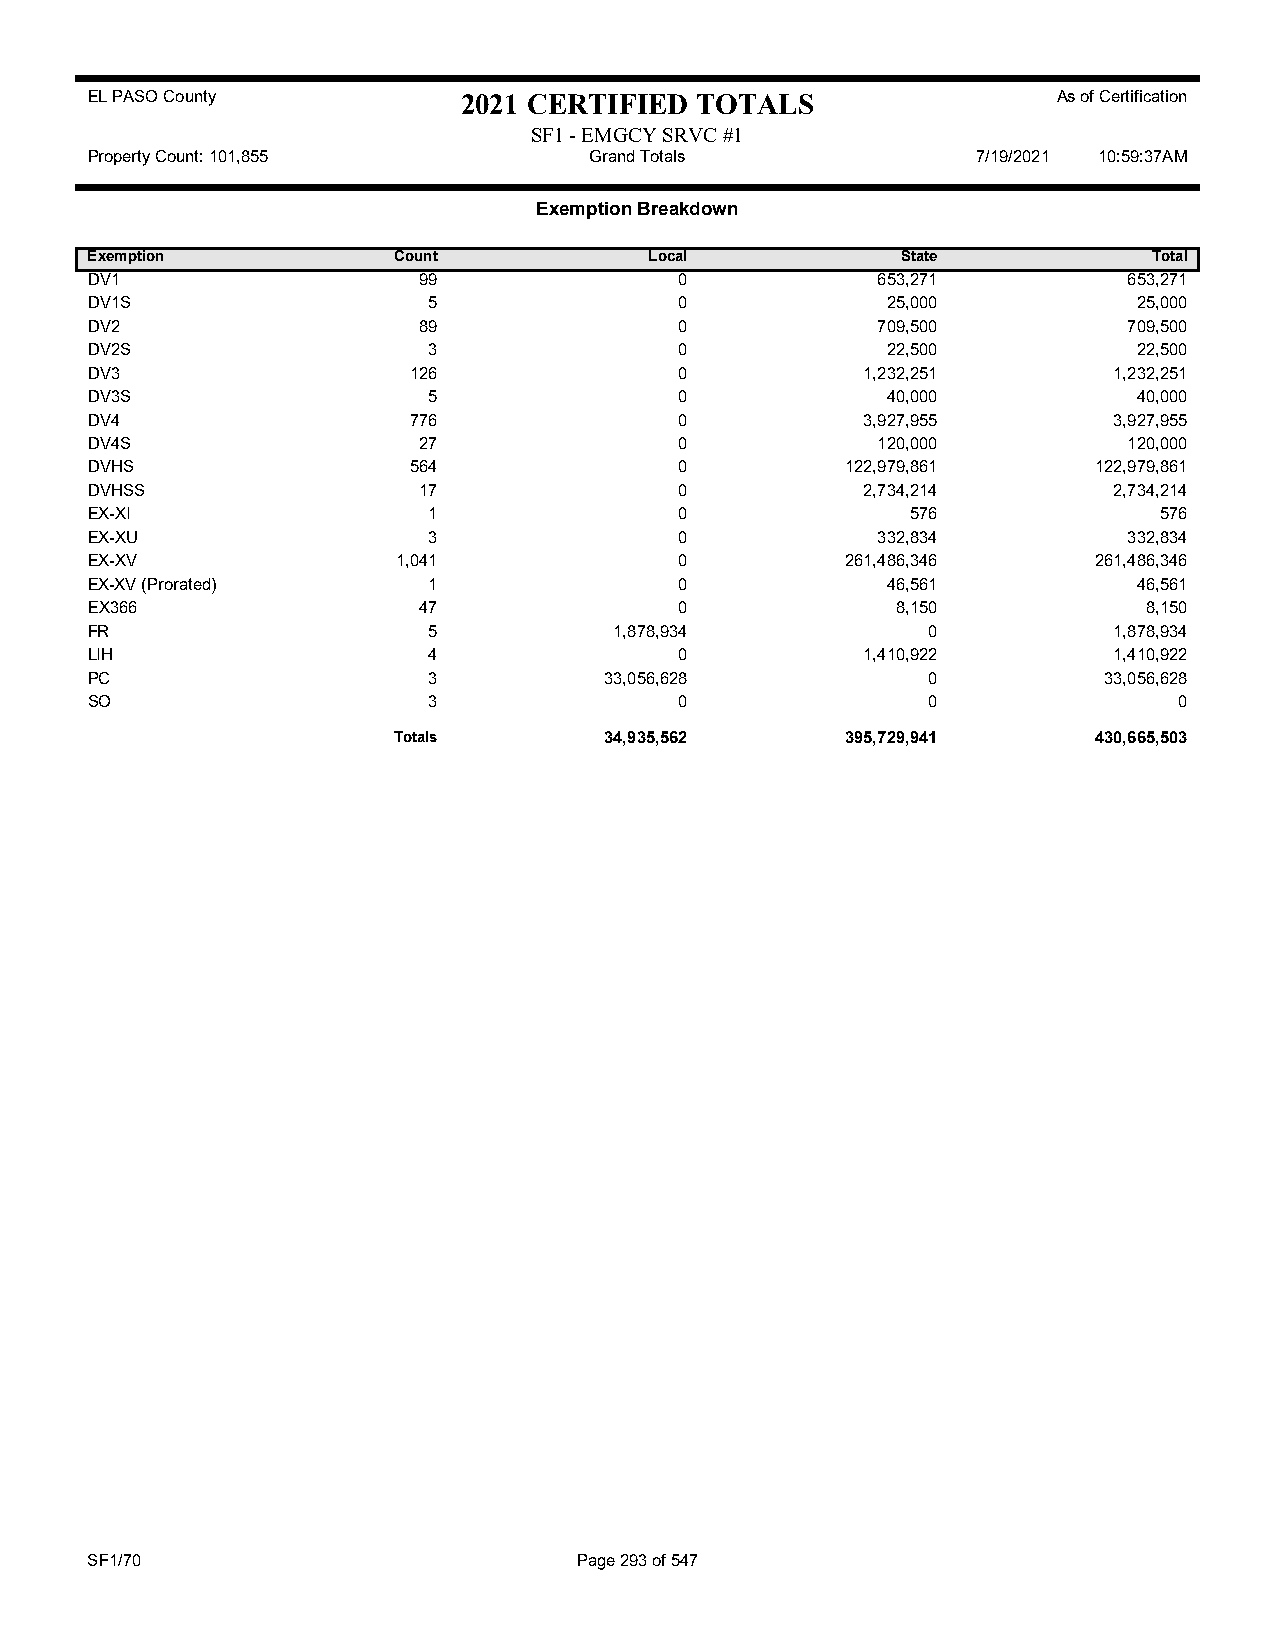
EL PASO County           2021 CERTIFIED TOTALS                  As of Certification
 SF1 - EMGCY SRVC #1
 Property Count: 101,855          Grand Totals              7/19/2021 10:59:37AM
 Exemption Breakdown
 Exemption           Count            Local            State           Total
 DV1                   99               0            653,271          653,271
 DV1S                  5                0             25,000          25,000
 DV2                   89               0            709,500          709,500
 DV2S                  3                0             22,500          22,500
 DV3                  126               0           1,232,251        1,232,251
 DV3S                  5                0             40,000          40,000
 DV4                  776               0           3,927,955        3,927,955
 DV4S                  27               0            120,000          120,000
 DVHS                 564               0          122,979,861     122,979,861
 DVHSS                 17               0           2,734,214        2,734,214
 EX-XI                 1                0              576              576
 EX-XU                 3                0            332,834          332,834
 EX-XV               1,041              0          261,486,346     261,486,346
 EX-XV (Prorated)      1                0             46,561          46,561
 EX366                 47               0             8,150            8,150
 FR                    5            1,878,934           0            1,878,934
 LIH                   4                0           1,410,922        1,410,922
 PC                    3           33,056,628           0           33,056,628
 SO                    3                0               0                0
 Totals        34,935,562      395,729,941     430,665,503
 SF1/70                          Page 293 of 547